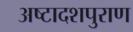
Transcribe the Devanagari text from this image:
अष्टादशपुराण